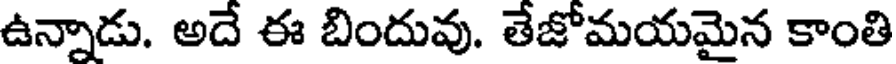
ఉన్నాడు. అదే ఈ బిందువు. తేజోమయమైన కాంతి